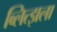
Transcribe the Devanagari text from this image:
ब्लित्झला